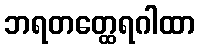
ဘရတတ္ထေရဂါထာ